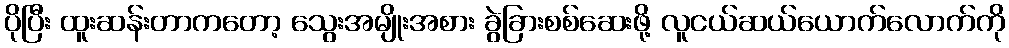
ပိုပြီး ထူးဆန်းတာကတော့ သွေးအမျိုးအစား ခွဲခြားစစ်ဆေးဖို့ လူငယ်ဆယ်ယောက်လောက်ကို